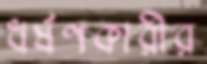
ধর্ষণকারীর